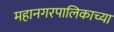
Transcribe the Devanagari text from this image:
महानगरपालिकाच्या